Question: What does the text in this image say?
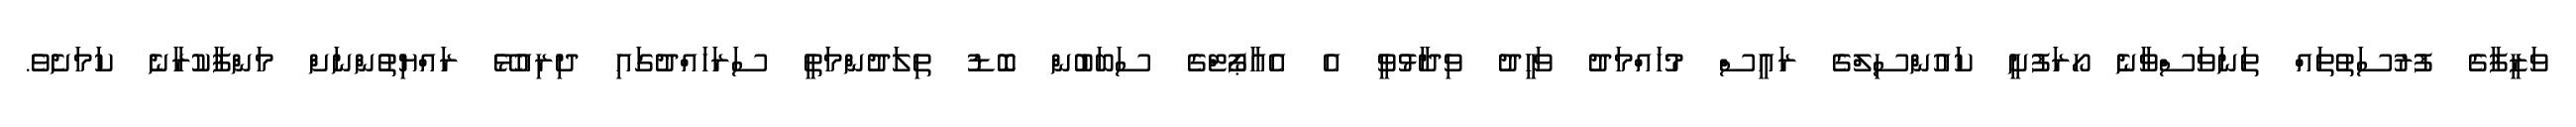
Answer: ވަޒީފާގެ ފުރުސަތުތައް ތަނަވަސްވާނެ ހޯރަފުށީ ކައުންސިލްގެ ރައީސް މުހައްމަދު ވަހީދު ވިދާޅުވީ އެ އެއާޕޯޓްގެ ސަބަބުން ބޮޑު ތިލަދުންމަތީ ސަރަހައްދުގައި ދިރިއުޅޭ ރައްޔިތުންނަށް މަންފާކުރާނެ ކަމަށެވެ.